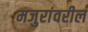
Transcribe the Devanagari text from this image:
मजुरांवरील